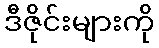
ဒီဇိုင်းများကို